Vaccination in the Punjab 1905-1918 - 1905-1918
Year: 1905
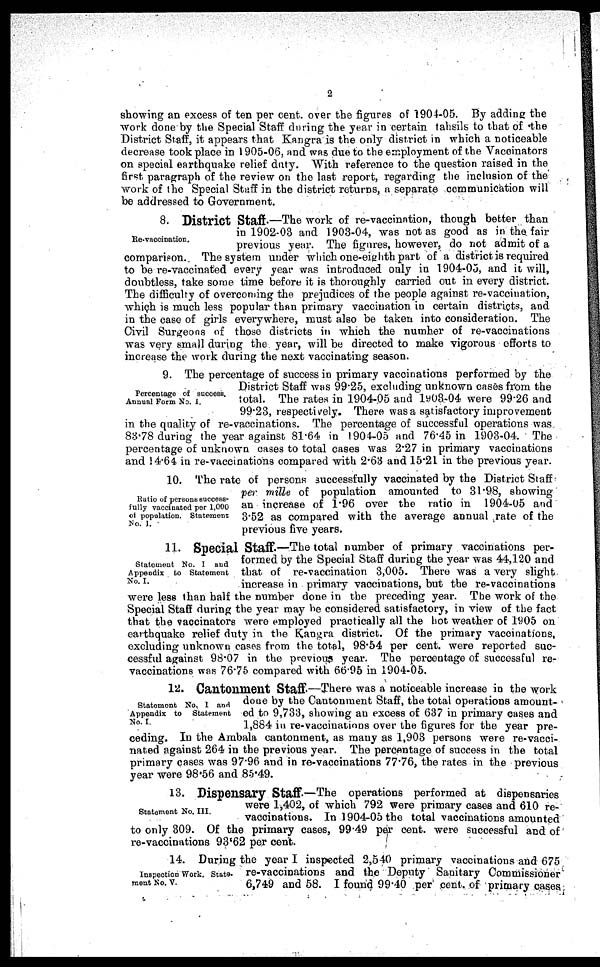
2
showing an excess of ten per cent. over the figures of 1904-05. By adding the
work done by the Special Staff during the year in certain tahsils to that of the
District Staff, it appears that Kangra is the only district in which a noticeable
decrease took place in 1905-06, and was due to the employment of the Vaccinators
on special earthquake relief duty. "With reference to the question raised in the
first paragraph of the review on the last report, regarding the inclusion of the
work of the Special Staff in the district returns, a separate communication will
be addressed to Government.
Re-vaccination.
8. District Staff.—The work of re-vaccination, though better than
in 1902-03 and 1903-04, was not as good as in the fair
previous year. The figures, however, do not admit of a
comparison. The system under which one-eighth part of a district is required
to be re-vaccinated every year was introduced only in 1904-05, and it will,
doubtless, take some time before it is thoroughly carried out in every district.
The difficulty of overcoming the prejudices of the people against re-vaccination,
which is much less popular than primary vaccination in certain districts, and
in the case of girls everywhere, must also be taken into consideration. The
Civil Surgeons of those districts in which the number of re-vaccinations
was very small during the year, will be directed to make vigorous efforts to
increase the work during the next vaccinating season.
Percentage of success.
Annual Form No. 1.
9. The percentage of success in primary vaccinations performed by the
District Staff was 99.25, excluding unknown cases from the
total. The rates in 1904-05 and 1903-04 were 99.26 and
99.23, respectively. There was a satisfactory improvement
in the quality of re-vaccinations. The percentage of successful operations was
83.78 during the year against 81.64 in 1904-05 and 76.45 in 1903-04. The
percentage of unknown cases to total cases was 2.27 in primary vaccinations
and 14.64 in re-vaccinations compared with 2.63 and 15.21 in the previous year.
Ratio of persons success-
fully vaccinated per 1,000
of population. Statement
No. I.
10. The rate of persons successfully vaccinated by the District Staff
per mille of population amounted to 31.98, showing
an increase of 1.96 over the ratio in 1904-05 and
3.52 as compared with the average annual rate of the
previous five years.
Statement No. I and
Appendix to Statement
No. I.
11. Special Staff.—The total number of primary vaccinations per-
formed by the Special Staff during the year was 44,120 and
that of re-vaccination 3,005. There was a very slight
increase in primary vaccinations, but the re-vaccinations
were less than half the number done in the preceding year. The work of the
Special Staff during the year may be considered satisfactory, in view of the fact
that the vaccinators were employed practically all the hot weather of 1905 on
earthquake relief duty in the Kangra district. Of the primary vaccinations,
excluding unknown cases from the total, 98.54 per cent. were reported suc-
cessful against 98.07 in the previous year. The percentage of successful re-
vaccinations was 76.75 compared with 66.95 in 1904-05.
Statement No. I and
Appendix to Statement
No. I.
12. Cantonment Staff—There was a noticeable increase in the work
done by the Cantonment Staff, the total operations amount-
ed to 9,733, showing an excess of 637 in primary cases and
1,884 in re-vaccinations over the figures for the year pre-
ceding. In the Ambala cantonment, as many as 1,903 persons were re-vacci-
nated against 264 in the previous year. The percentage of success in the total
primary cases was 97.96 and in re-vaccinations 77.76, the rates in the previous
year were 98.56 and 85.49.
Statement No. III.
13. Dispensary Staff.—The operations performed at dispensaries
were 1,402, of which 792 were primary cases and 610 re-
vaccinations. In 1904-05 the total vaccinations amounted
to only 309. Of the primary cases, 99.49 per cent. were successful and of
re-vaccinations 93.62 per cent.
Inspection Work. State-
ment No. V.
14. During the year I inspected 2,540 primary vaccinations and 675
re-vaccinations and the Deputy Sanitary Commissioner
6,749 and 58. I found 99.40 per cent. of primary cases